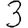
Digit: 3